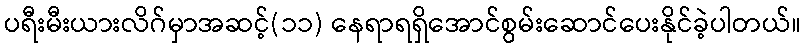
ပရီးမီးယားလိဂ်မှာအဆင့်(၁၁) နေရာရရှိအောင်စွမ်းဆောင်ပေးနိုင်ခဲ့ပါတယ်။